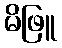
မိဖြူ